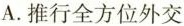
A.推行全方位外交